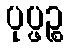
ပုပ္ဖဉ္စ